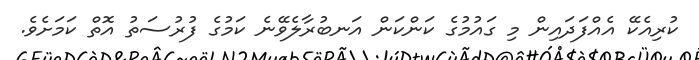
ކުރިއެކޭ އެއްފަދައިން މި ގައުމުގެ ކަންކަން އަނބުރާލެވޭނެ ކަމުގެ ފުރުސަތު އޮތް ކަމަށެވެ.